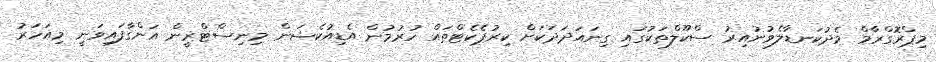
މިޕްރޮގްރާމް މެދުކަނޑާލެވުނުއިރު ސްކޫލްތަކުގައި ގިނައަދަދަކަށް ކިރުޕެކެޓްތައް ހުރުމުން އެޑިއުކެޝަން މިނިސްޓްރީން އަންގާފައިވަނީ މިއަހަރު